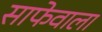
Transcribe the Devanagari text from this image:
साफेवाला